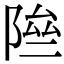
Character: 𨹶